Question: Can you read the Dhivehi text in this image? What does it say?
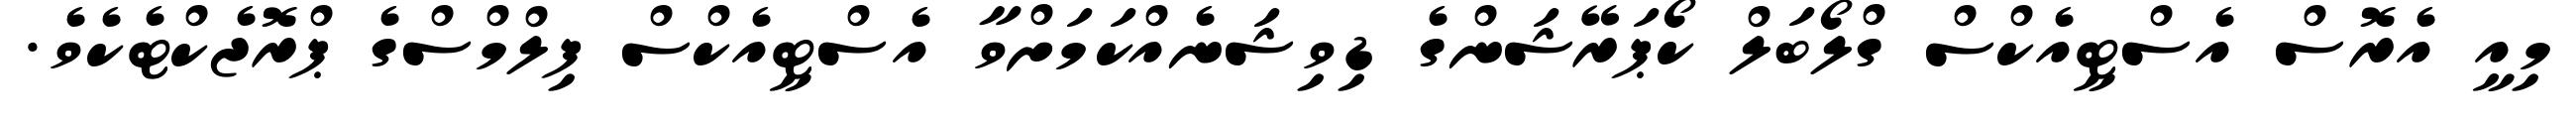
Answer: މިއީ އެރޮސް އެސްޓީއެކްސް ގްލޯބަލް ކޯޕަރޭޝަންގެ ޑިވިޝަނެއްކަމަށްވާ އެސްޓީއެކްސް ފިލްމްސްގެ ޕްރޮޖެކްޓެކެވެ.